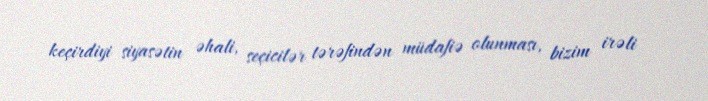
keçirdiyi siyasətin əhali, seçicilər tərəfindən müdafiə olunması, bizim irəli